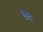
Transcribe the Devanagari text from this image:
लैहैं